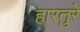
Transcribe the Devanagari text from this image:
हारतुरे